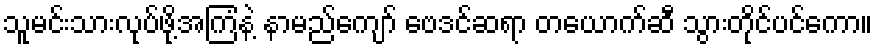
သူမင်းသားလုပ်ဖို့အကြံနဲ့ နာမည်ကျော် ဗေဒင်ဆရာ တယောက်ဆီ သွားတိုင်ပင်ကော။